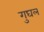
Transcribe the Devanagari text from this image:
गुघल